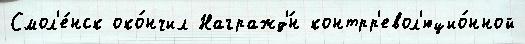
Смол'е́нск око́нчил Награжд'́н контрр'евол'юцио́нной